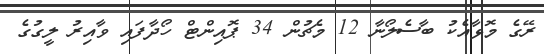
ރޭގެ މޮޅާއެކު ބާސެލޯނާ 12 މެޗުން 34 ޕޮއިންޓް ހޯދާފައި ވާއިރު ލީގުގެ